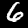
Digit: 6